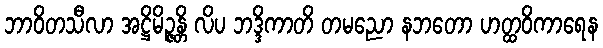
ဘာဝိတသီလာ အဋ္ဌိမိဉ္ဇန္တိ လိပ ဘဒ္ဒိကာတိ တမညော နဘတော ဟတ္ထဝိကာရေန